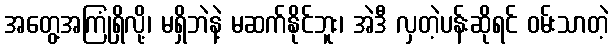
အတွေ့အကြုံရှိလို့၊ မရှိဘဲနဲ့ မဆက်နိုင်ဘူး၊ အဲဒီ လှတဲ့ပန်းဆိုရင် ဝမ်းသာတဲ့